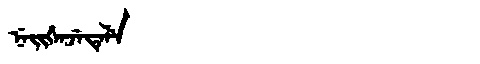
Manchu: ᠨᡝᡳᡤᡝᠨᠵᡝᡨᡝᠯᡝ
Romanization: NEIGENJETELE